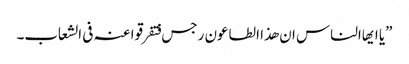
”یا ایھاالناس ان ھذا الطاعون رجس فتفرقوا عنہ فی الشعاب۔